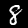
Label: 8